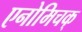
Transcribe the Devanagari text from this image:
एनोमिचक्